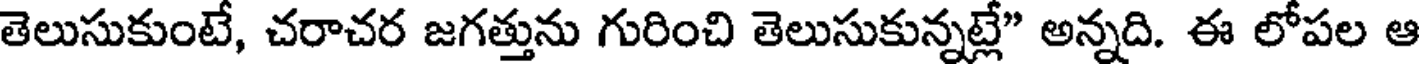
తెలుసుకుంటే, చరాచర జగత్తును గురించి తెలుసుకున్నట్లే" అన్నది. ఈ లోపల ఆ